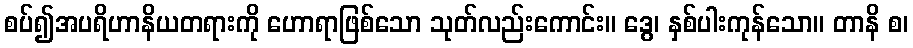
စပ်၍အပရိဟာနိယတရားကို ဟောရာဖြစ်သော သုတ်လည်းကောင်း။ ဒွေ၊ နှစ်ပါးကုန်သော။ တာနိ စ၊